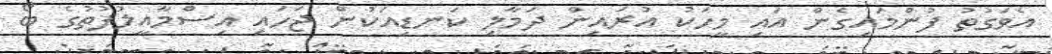
އެވަގުތު ފުންމައިގެން އައި މީހަކު އުރައިން ދަމާލި ކަނޑިއަކުން ޖަހައި އިސްމާއީލުފުތުގެ ބޯ